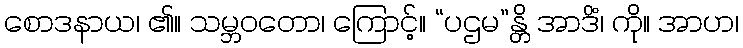
စောဒနာယ၊ ၏။ သမ္ဘဝတော၊ ကြောင့်။ “ပဌမ”န္တိ အာဒိံ၊ ကို။ အာဟ၊